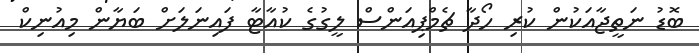
ބޮޑު ނަތީޖާއަކުން ކުރި ހޯދާ ޗެމްޕިއަންސް ލީގުގެ ކުއާޓާ ފައިނަލަށް ބަޔާން މިއުނިކް